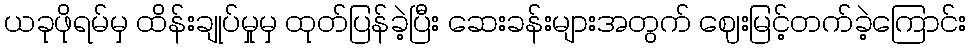
ယခုဖိုရမ်မှ ထိန်းချုပ်မှုမှ ထုတ်ပြန်ခဲ့ပြီး ဆေးခန်းများအတွက် ဈေးမြင့်တက်ခဲ့ကြောင်း